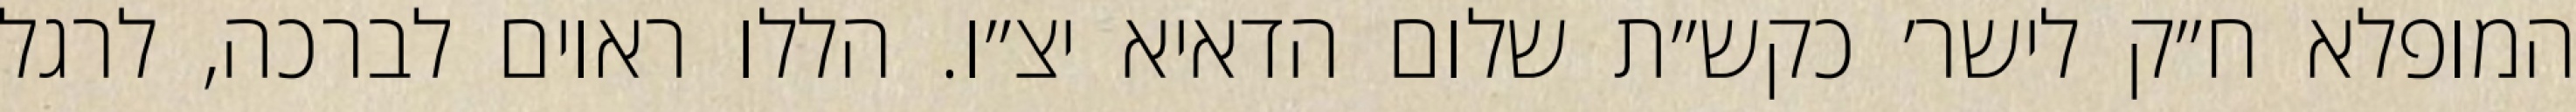
המופלא ח״ק לישר׳ כקש״ת שלום הדאיא יצ״ו. הללו ראוים לברכה, לרגל